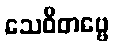
သေဝိတဗ္ဗေ